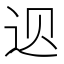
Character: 𲅑